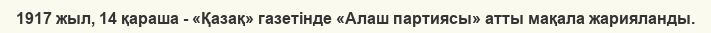
1917 жыл, 14 қараша - «Қазақ» газетінде «Алаш партиясы» атты мақала жарияланды.